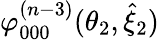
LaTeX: \varphi_{000}^{(n-3)}(\theta_{2},\hat{\xi}_{2})